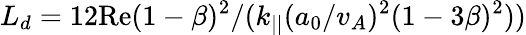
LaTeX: L_{d}=12\mathrm{Re}(1-\beta)^{2}/(k_{||}(a_{0}/v_{A})^{2}(1-3\beta)^{2}))